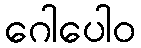
ဂေါပေါဝ